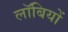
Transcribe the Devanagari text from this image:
लॉबियों